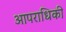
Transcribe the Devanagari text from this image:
आपराधिकी